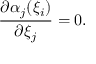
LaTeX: \frac { \partial \alpha _ { j } ( \xi _ { i } ) } { \partial \xi _ { j } } = 0 .